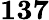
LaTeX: \mathbf{137}